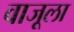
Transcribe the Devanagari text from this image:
वाजूला